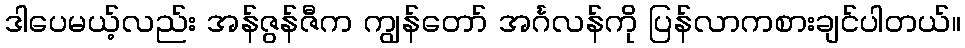
ဒါပေမယ့်လည်း အန်ဇွန်ဇီက ကျွန်တော် အင်္ဂလန်ကို ပြန်လာကစားချင်ပါတယ်။